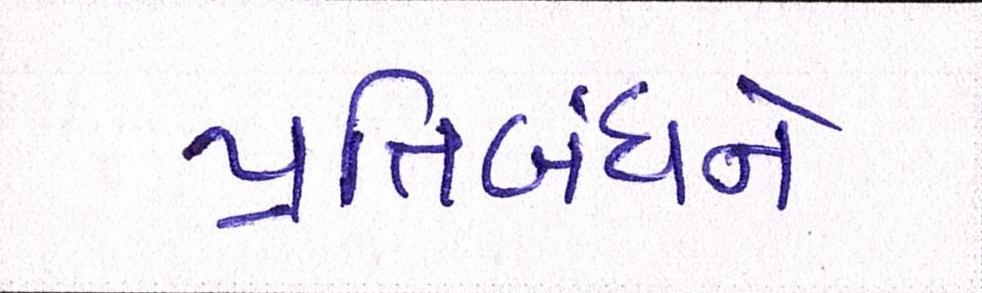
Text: પ્રતિબંધને